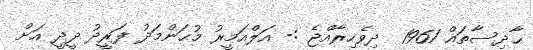
ޙާދިސާތައް 1961  ދިވެހިރާއްޖެ :- އަލްއަމީރު މުޙަންމަދު ފަރީދު ދީދީ އަށް